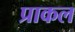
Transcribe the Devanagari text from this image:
प्राकल